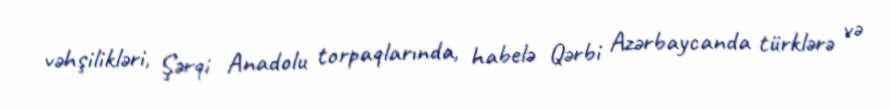
vəhşilikləri, Şərqi Anadolu torpaqlarında, habelə Qərbi Azərbaycanda türklərə və